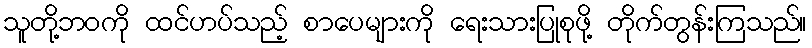
သူတို့ဘဝကို ထင်ဟပ်သည့် စာပေများကို ရေးသားပြုစုဖို့ တိုက်တွန်းကြသည်။